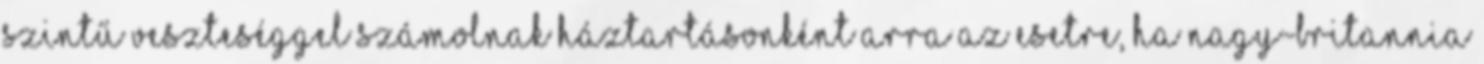
szintű veszteséggel számolnak háztartásonként arra az esetre, ha Nagy-Britannia